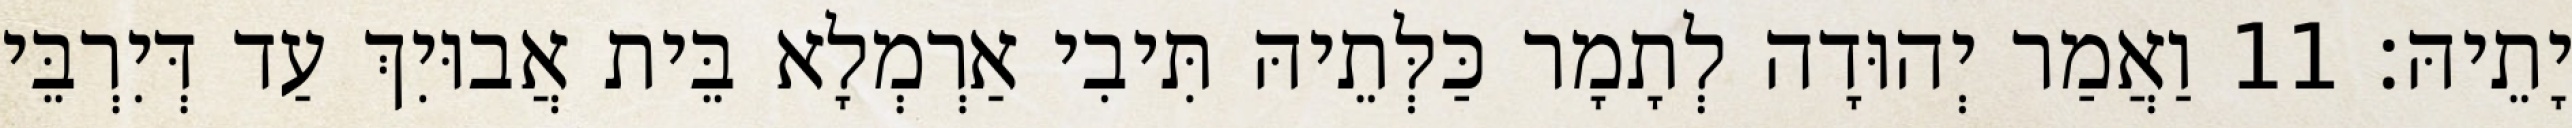
יָתֵיהּ׃ 11 וַאֲמַר יְהוּדָה לְתָמָר כַּלְּתֵיהּ תִּיבִי אַרְמְלָא בֵּית אֲבוּיִךְ עַד דְּיִרְבֵּי